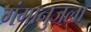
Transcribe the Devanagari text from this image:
गंगानुजला